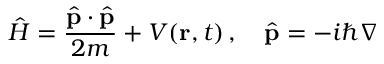
{ \hat { H } } = { \frac { { \hat { \mathbf { p } } } \cdot { \hat { \mathbf { p } } } } { 2 m } } + V ( \mathbf { r } , t ) \, , \quad { \hat { \mathbf { p } } } = - i \hbar \nabla